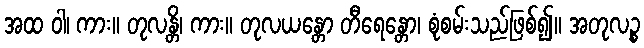
အထ ဝါ၊ ကား။ တုလန္တိ၊ ကား။ တုလယန္တော တီရေန္တော၊ စုံစမ်းသည်ဖြစ်၍။ အတုလဉ္စ